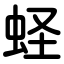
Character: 蛏